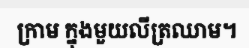
ក្រាម ក្នុងមួយលីត្រឈាម។